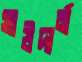
সাউদার্ন